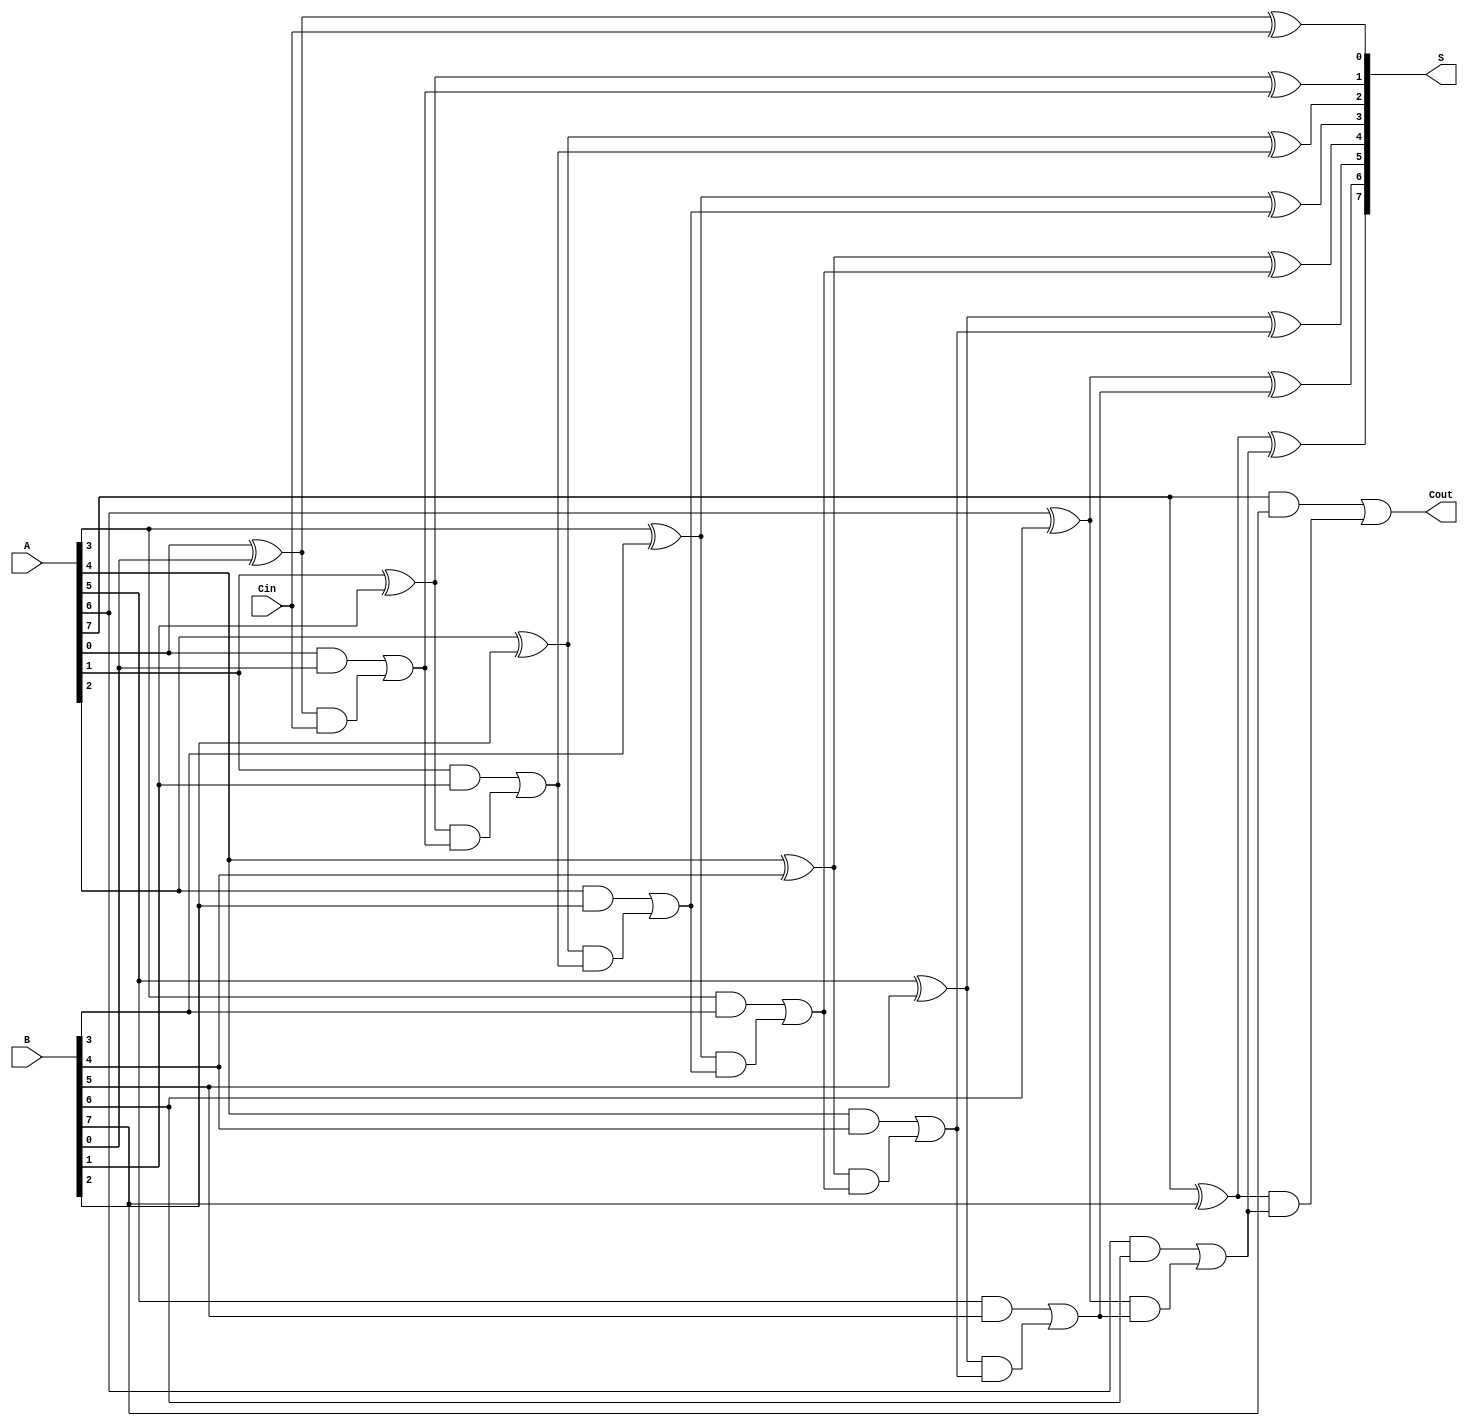
module brent_kung_adder #(parameter n = 8) (
    input [n-1:0] A,    // First n-bit input
    input [n-1:0] B,    // Second n-bit input
    input Cin,          // Carry-in
    output [n-1:0] S,   // Sum output
    output Cout         // Carry-out
);

    // Declare internal wires for propagate, generate and carry signals
    wire [n-1:0] P;     // Propagate
    wire [n-1:0] G;     // Generate
    wire [n:0] C;       // Carry

    // Compute propagate and generate signals
    genvar i;
    generate 
        for (i = 0; i < n; i = i + 1) begin: pg
            assign P[i] = A[i] ^ B[i];  // Propagate
            assign G[i] = A[i] & B[i];  // Generate
        end
    endgenerate

    // Carry computation (Brent-Kung tree)
    assign C[0] = Cin;  // Set initial carry-in
    assign C[1] = G[0] | (P[0] & C[0]);    // Stage 1

    generate 
        for (i = 1; i < n; i = i + 1) begin: carry_gen
            assign C[i + 1] = G[i] | (P[i] & C[i]); // Expand for each stage
        end
    endgenerate

    // Final carry-out
    assign Cout = C[n];

    // Sum calculation
    generate 
        for (i = 0; i < n; i = i + 1) begin: sum_calc
            assign S[i] = P[i] ^ C[i]; // Compute the sum bits
        end
    endgenerate

endmodule